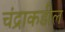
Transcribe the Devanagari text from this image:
चंद्राकडील